Plague in India, 1896, 1897 - Volume 2
Year: 1896
Disease focus: Plague
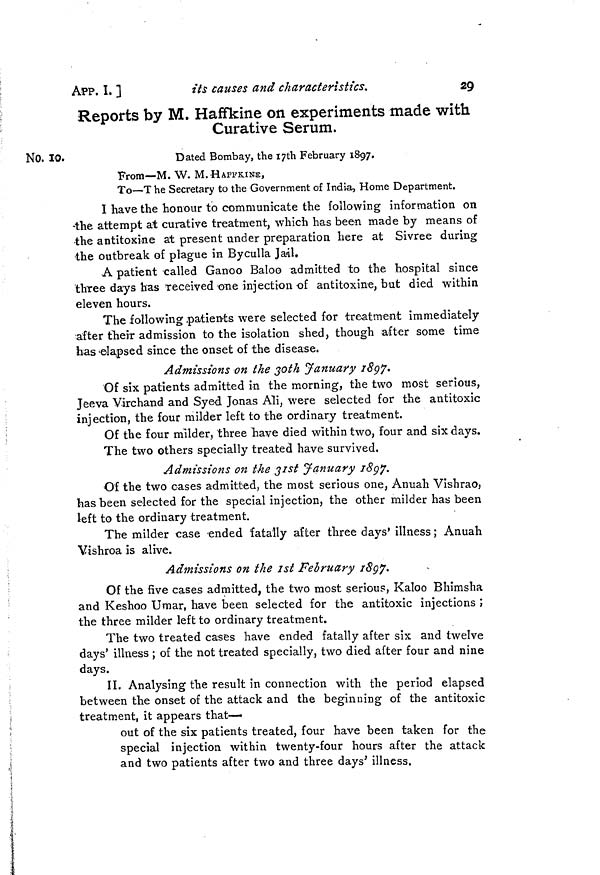
APP.
1.]
its
causes and characteristics.
29
Reports by M. Haffkine on experiments made with
Curative Serum.
No. 10.
Dated Bombay, the 17th February 1897.
From—M. W. M. HAFFKINE,
To—The Secretary to the Government of India, Home Department.
I have the honour to communicate the following information on
-the attempt at curative treatment, which has been made by means of
•the antitoxine at present under preparation here at Sivree during
the outbreak of plague in Byculla Jail.
A patient 'called Ganoo Baloo admitted to the hospital since
three days has Teceived one injection of antitoxine, but died within
eleven hours.
The following patients were selected for treatment immediately
after their admission to the isolation shed, though after some time
has -elapsed since the onset of the disease.
Admissions on the 3oth January 1897.
Of six patients admitted in the morning, the two most serious,
Jeeva Virchand and Syed Jonas Ali, were selected for the antitoxic
injection, the four milder left to the ordinary treatment.
Of the four milder, three have died within two, four and six days.
The two others specially treated have survived.
Admissions on the 31st January 1897.
Of the two cases admitted, the most serious one, Anuah Vishrao,
has been selected for the special injection, the other milder has been
left to the ordinary treatment.
The milder case ended fatally after three days' illness ; Anuah
Vishroa is alive.
Admissions on the 1st February 1897
Of the five cases admitted, the two most serious, Kaloo Bhimsha
and Keshoo Umar, have been selected for the antitoxic injections ;
the three milder left to ordinary treatment.
The two treated cases have ended fatally after six and twelve
days' illness ; of the not treated specially, two died after four and nine
days.
II. Analysing the result in connection with the period elapsed
between the onset of the attack and the beginning of the antitoxic
treatment, it appears that—
out of the six patients treated, four have been taken for the
special injection within twenty-four hours after the attack
and two patients after two and three days' illness.